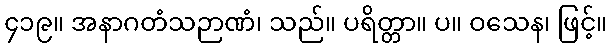
၄၁၉။ အနာဂတံသဉာဏံ၊ သည်။ ပရိတ္တာ။ ပ။ ဝသေန၊ ဖြင့်။